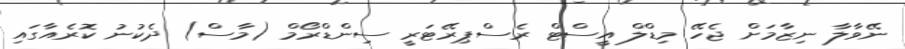
ނޭވާލާ ނިޒާމަށް ޖެހޭ މިޑްލް އީސްޓް ރެސްޕިރޭޓަރީ ސިންޑްރޯމް (މާސް) ދެކުނު ކޮރެއާގައި